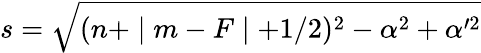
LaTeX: s=\sqrt{(n+\mid m-F\mid+1/2)^{2}-\alpha^{2}+\alpha^{\prime 2}}